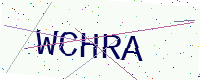
Text: WCHRA